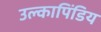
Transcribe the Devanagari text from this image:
उल्कापिंडिय